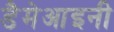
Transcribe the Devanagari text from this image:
डैमेआइनी